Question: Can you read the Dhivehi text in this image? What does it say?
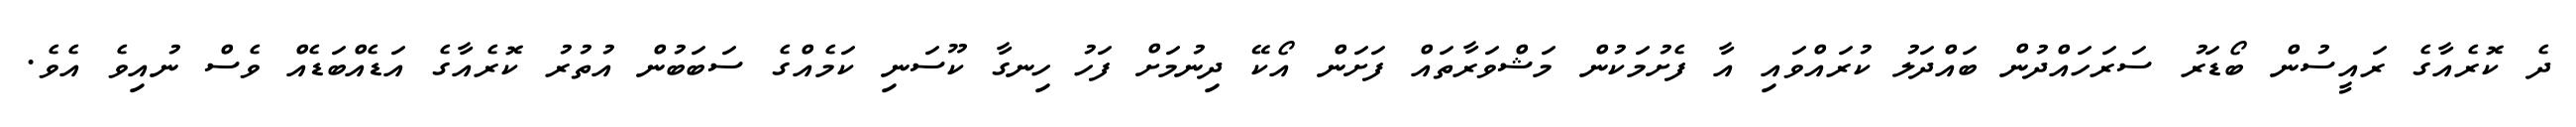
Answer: ދެ ކޮރެއާގެ ރައީސުން ބޯޑަރު ސަރަހައްދުން ބައްދަލު ކުރައްވައި އާ ފެށުމަކުން މަޝްވަރާތައް ފަށަން އޯކޭ ދިނުމަށް ފަހު ހިނގާ ކޫސަނި ކަމެއްގެ ސަބަބުން އުތުރު ކޮރެއާގެ އަޑެއްބަޑެއް ވެސް ނުއިވެ އެވެ.